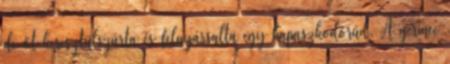
de őt keresztülszúrta és felnyársalta egy kapaszkodórúd. A gerince